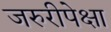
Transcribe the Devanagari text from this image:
जरुरीपेक्षा